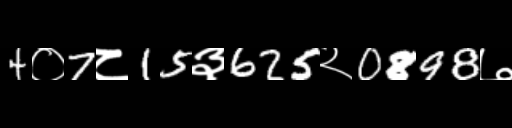
Text: 4०7८15३625२0898७